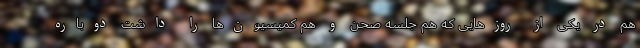
هم در یکی از روزهایی که هم جلسه صحن و هم کمیسیون‌ها را داشت دوباره